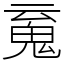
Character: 䰟